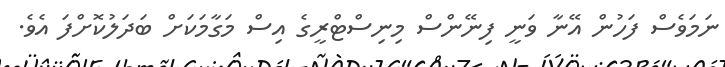
ނަމަވެސް ފަހުން އޭނާ ވަނީ ފިނޭންސް މިނިސްޓްރީގެ އިސް މަގާމަކަށް ބަދަލުކޮށްފަ އެވެ.